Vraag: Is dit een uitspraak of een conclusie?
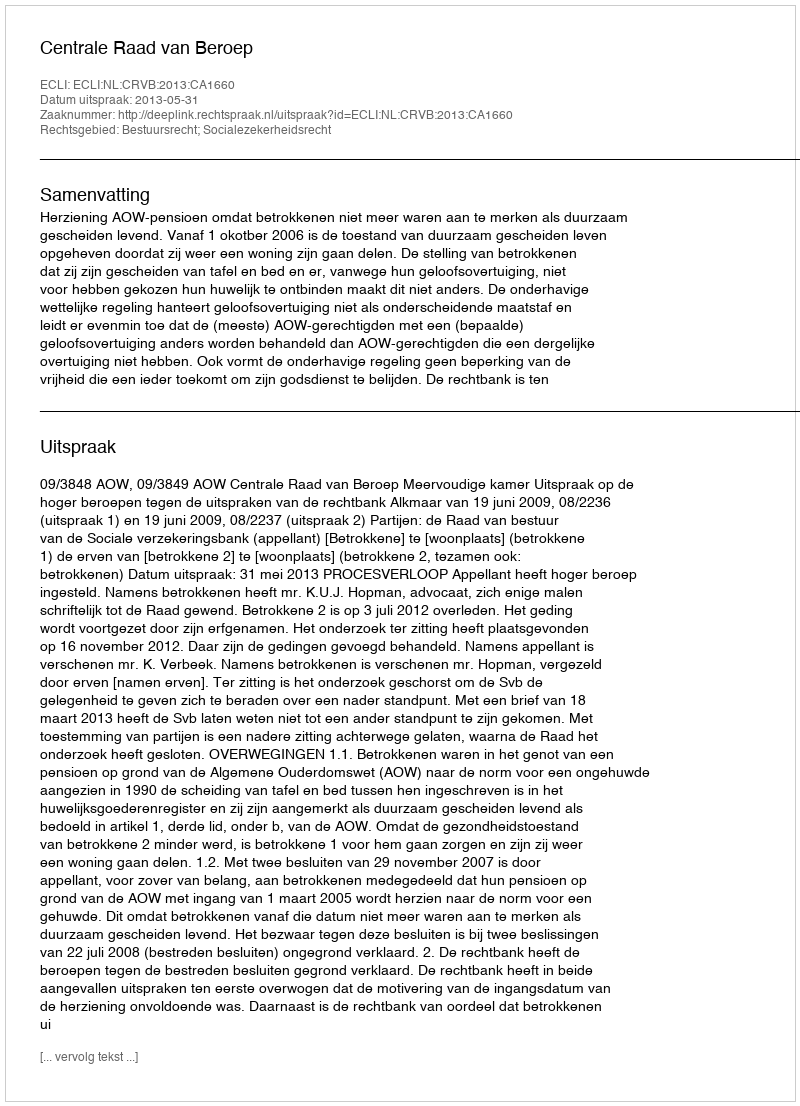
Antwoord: Uitspraak